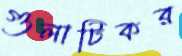
গুলাটিকর